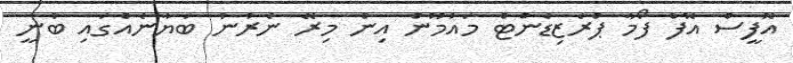
އޮފީސް އޮފް ފޯމާ ޕްރެޒިޑެންޓް މައުމޫން އިން މިރޭ ނެރުނު ބަޔާނެއްގައި ބުނީ